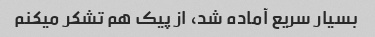
بسیار سریع آماده شد، از پیک هم تشکر میکنم